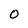
Character: O